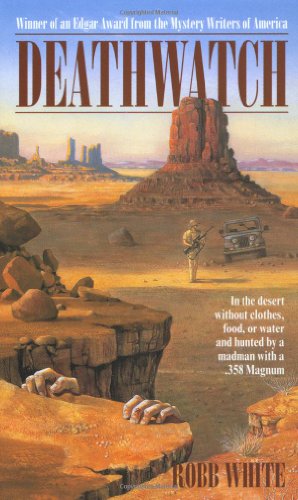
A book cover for Deathwatch; Robb White; Teen & Young Adult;